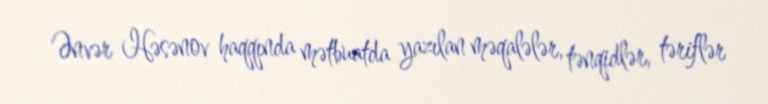
Ənvər Həsənov haqqında mətbuatda yazılan məqalələr, tənqidlər, təriflər